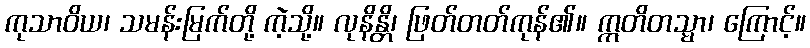
ကုသာဝိယ၊ သမန်းမြက်တို့ ကဲ့သို့။ လုနိန္တိ၊ ဖြတ်တတ်ကုန်၏။ ဣတိတသ္မာ၊ ကြောင့်။